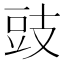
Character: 豉